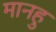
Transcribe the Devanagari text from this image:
मानहु